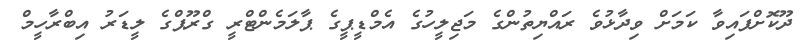
ދޫކޮށްފައިވާ ކަމަށް ވިދާޅުވެ ރައްޔިތުންގެ މަޖިލީހުގެ އެމްޑީޕީގެ ޕާލަމެންޓްރީ ގްރޫޕްގެ ލީޑަރު އިބްރާހީމް